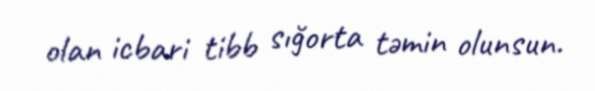
olan icbari tibb sığorta təmin olunsun.